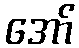
အော်